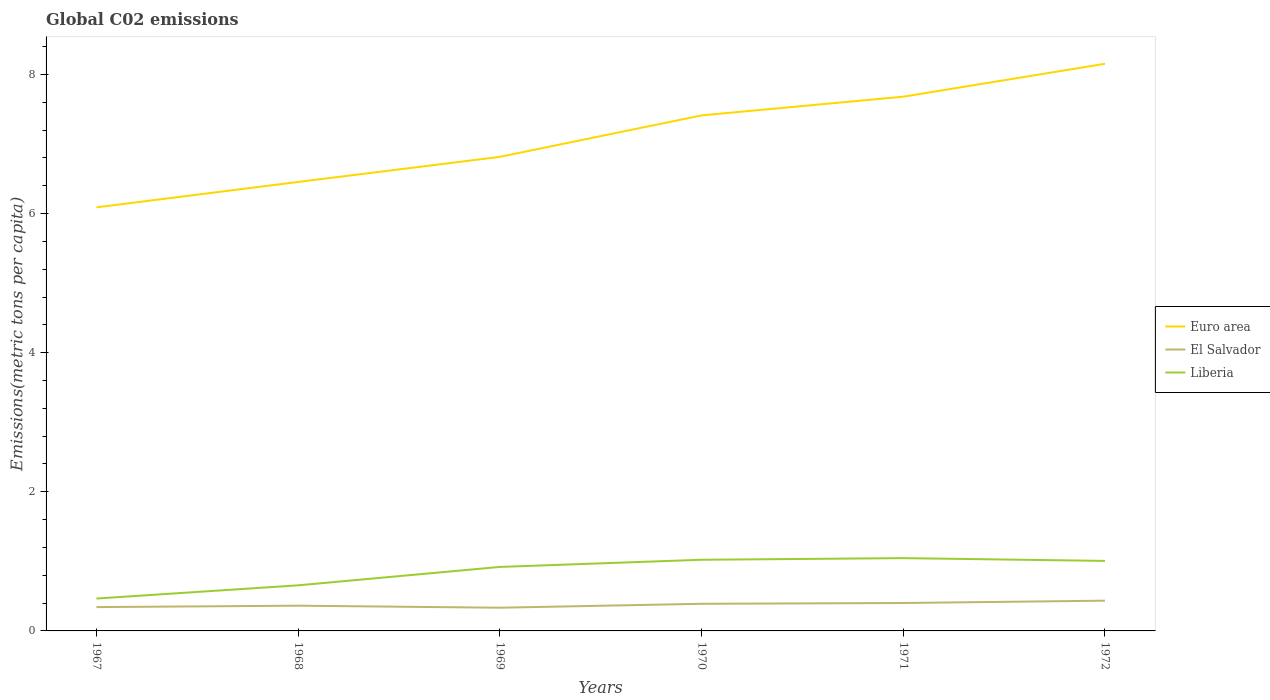
| Years | Euro area | El Salvador | Liberia |
 | --- | --- | --- | --- |
 | 1967 | 6.09 | 0.342 | 0.466 |
 | 1968 | 6.45 | 0.363 | 0.655 |
 | 1969 | 6.81 | 0.334 | 0.92 |
 | 1970 | 7.41 | 0.39 | 1.02 |
 | 1971 | 7.68 | 0.401 | 1.05 |
 | 1972 | 8.15 | 0.435 | 1.01 |